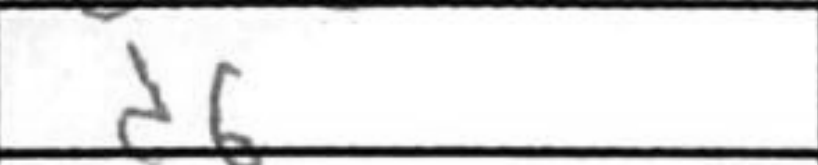
Transcription: d6